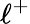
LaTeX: \ell^{+}